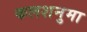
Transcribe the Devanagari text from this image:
कलशनुमा